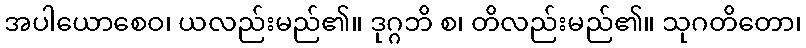
အပါယောစေဝ၊ ယလည်းမည်၏။ ဒုဂ္ဂဘိ စ၊ တိလည်းမည်၏။ သုဂတိတော၊